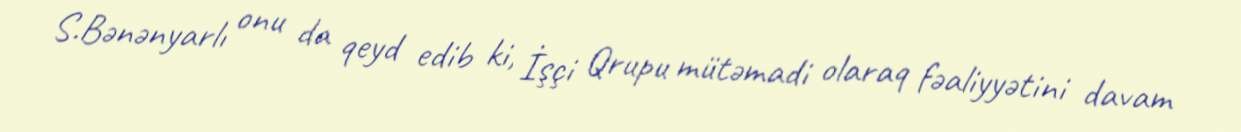
S.Bənənyarlı onu da qeyd edib ki, İşçi Qrupu mütəmadi olaraq fəaliyyətini davam